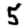
Digit: 5